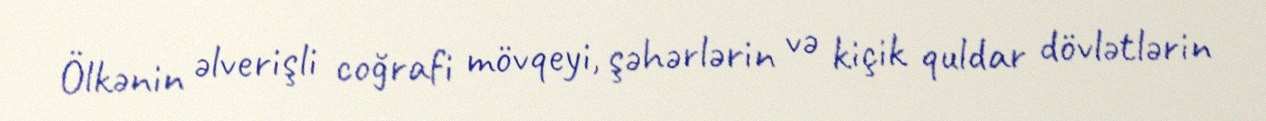
Ölkənin əlverişli coğrafi mövqeyi, şəhərlərin və kiçik quldar dövlətlərin